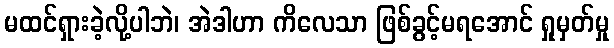
မထင်ရှားခဲ့လို့ပါဘဲ၊ အဲဒါဟာ ကိလေသာ ဖြစ်ခွင့်မရအောင် ရှုမှတ်မှု